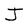
Character: J